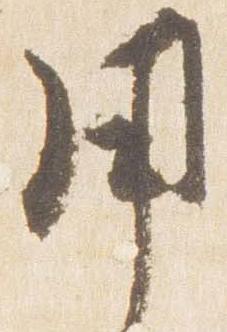
用